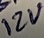
Text: 12V